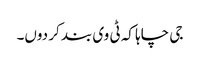
جی چاہا کہ ٹی وی بند کر دوں۔